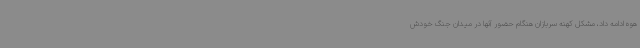
هوه ادامه داد، مشکل کهنه سربازان هنگام حضور آنها در میدان جنگ خودش